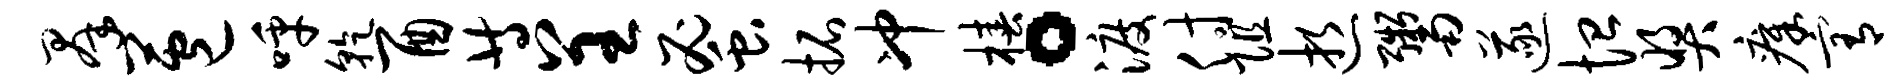
群苞呼干酉等呈蜜拓冲椿。渡付阻逝鬻遂恤奖瘴宥